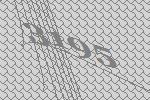
3195